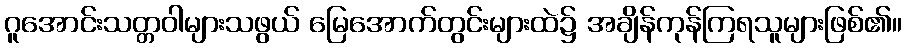
ဂူအောင်းသတ္တဝါများသဖွယ် မြေအောက်တွင်းများထဲ၌ အချိန်ကုန်ကြရသူများဖြစ်၏။